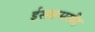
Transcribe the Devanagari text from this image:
ईसाहमसीह